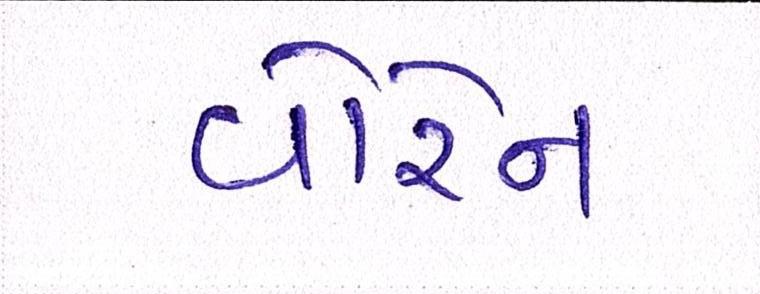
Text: વોરેન